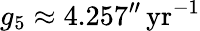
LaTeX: g_{5}\approx 4.257^{\prime\prime}\, {\textrm{yr}}^{-1}